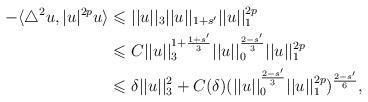
LaTeX: \begin{align*}-\langle \triangle^2 u , |u|^{2p}u \rangle&\leqslant ||u||_{3}||u||_{1+s'}||u||_1^{2p}\\&\leqslant C||u||_{3}^{1+\frac{1+s'}{3}}||u||_0^{\frac{2-s'}{3}}||u||_1^{2p}\\&\leqslant \delta ||u||_{3}^2+C(\delta)(||u||_0^{\frac{2-s'}{3}}||u||_1^{2p})^{\frac{2-s'}{6}},\end{align*}